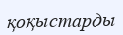
қоқыстарды